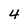
Character: 4